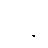
ပို့ချ